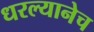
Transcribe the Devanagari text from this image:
धरल्यानेच